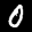
Label: 0